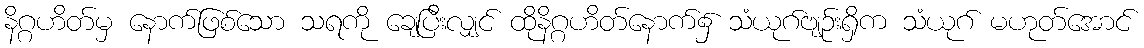
နိဂ္ဂဟိတ်မှ နောက်ဖြစ်သော သရကို ချေပြီးလျှင် ထိုနိဂ္ဂဟိတ်နောက်၌ သံယုဂ်ဗျဉ်းရှိက သံယုဂ် မဟုတ်အောင်